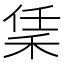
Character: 𬓧